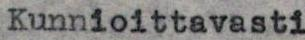
Kunnioittavasti